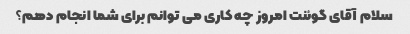
سلام آقای گوئنت امروز چه کاری می توانم برای شما انجام دهم؟